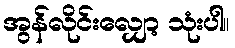
အွန်လိုင်းလျှော့ သုံးပါ။